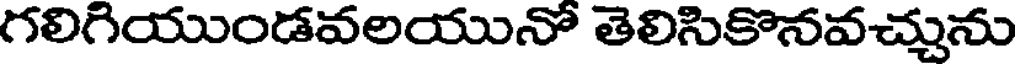
గలిగియుండవలయునో తెలిసికొనవచ్చును